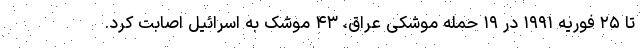
تا ۲۵ فوریه ۱۹۹۱ در ۱۹ حمله موشکی عراق، ۴۳ موشک به اسرائیل اصابت کرد.